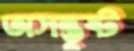
অসন্তুষ্ট